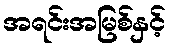
အရင်းအမြစ်နှင့်